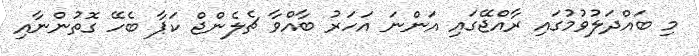
މި ބައްދަލުވުމުގައި ރާއްޖޭގައި އަންނަ އަހަރު ބާއްވާ ޗެލެންޖް ކަޕާ ބެހޭ ގޮތުންނާއި